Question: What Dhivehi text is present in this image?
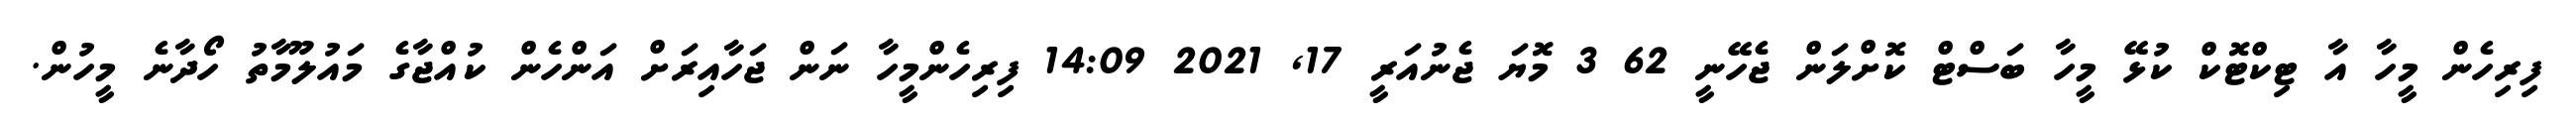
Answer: ފިރިހެން މީހާ އާ ޓިކްޓޮކް ކުޅޭ މީހާ ބަސްޓް ކޮށްލަން ޖެހޭނީ 62 3 މޮޔަ ޖެނުއަރީ 17, 2021 14:09 ފިރިހެންމީހާ ނަން ޖަހާއިރަށް އަންހެން ކުއްޖާގެ މައުލޫމާތު ހޯދާނެ މީހުން.